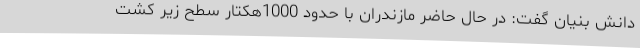
دانش بنیان گفت: در حال حاضر مازندران با حدود 1000هکتار سطح زیر کشت